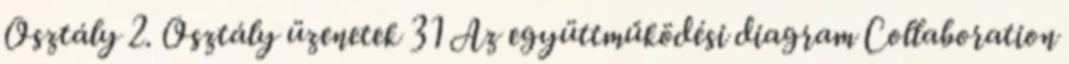
Osztály 2. Osztály üzenetek 31 Az együttműködési diagram Collaboration